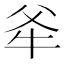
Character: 𭷕